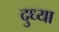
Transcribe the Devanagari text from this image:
दुध्या